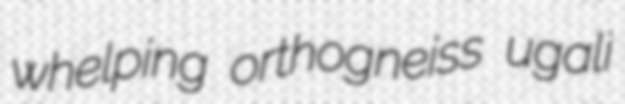
whelping orthogneiss ugali